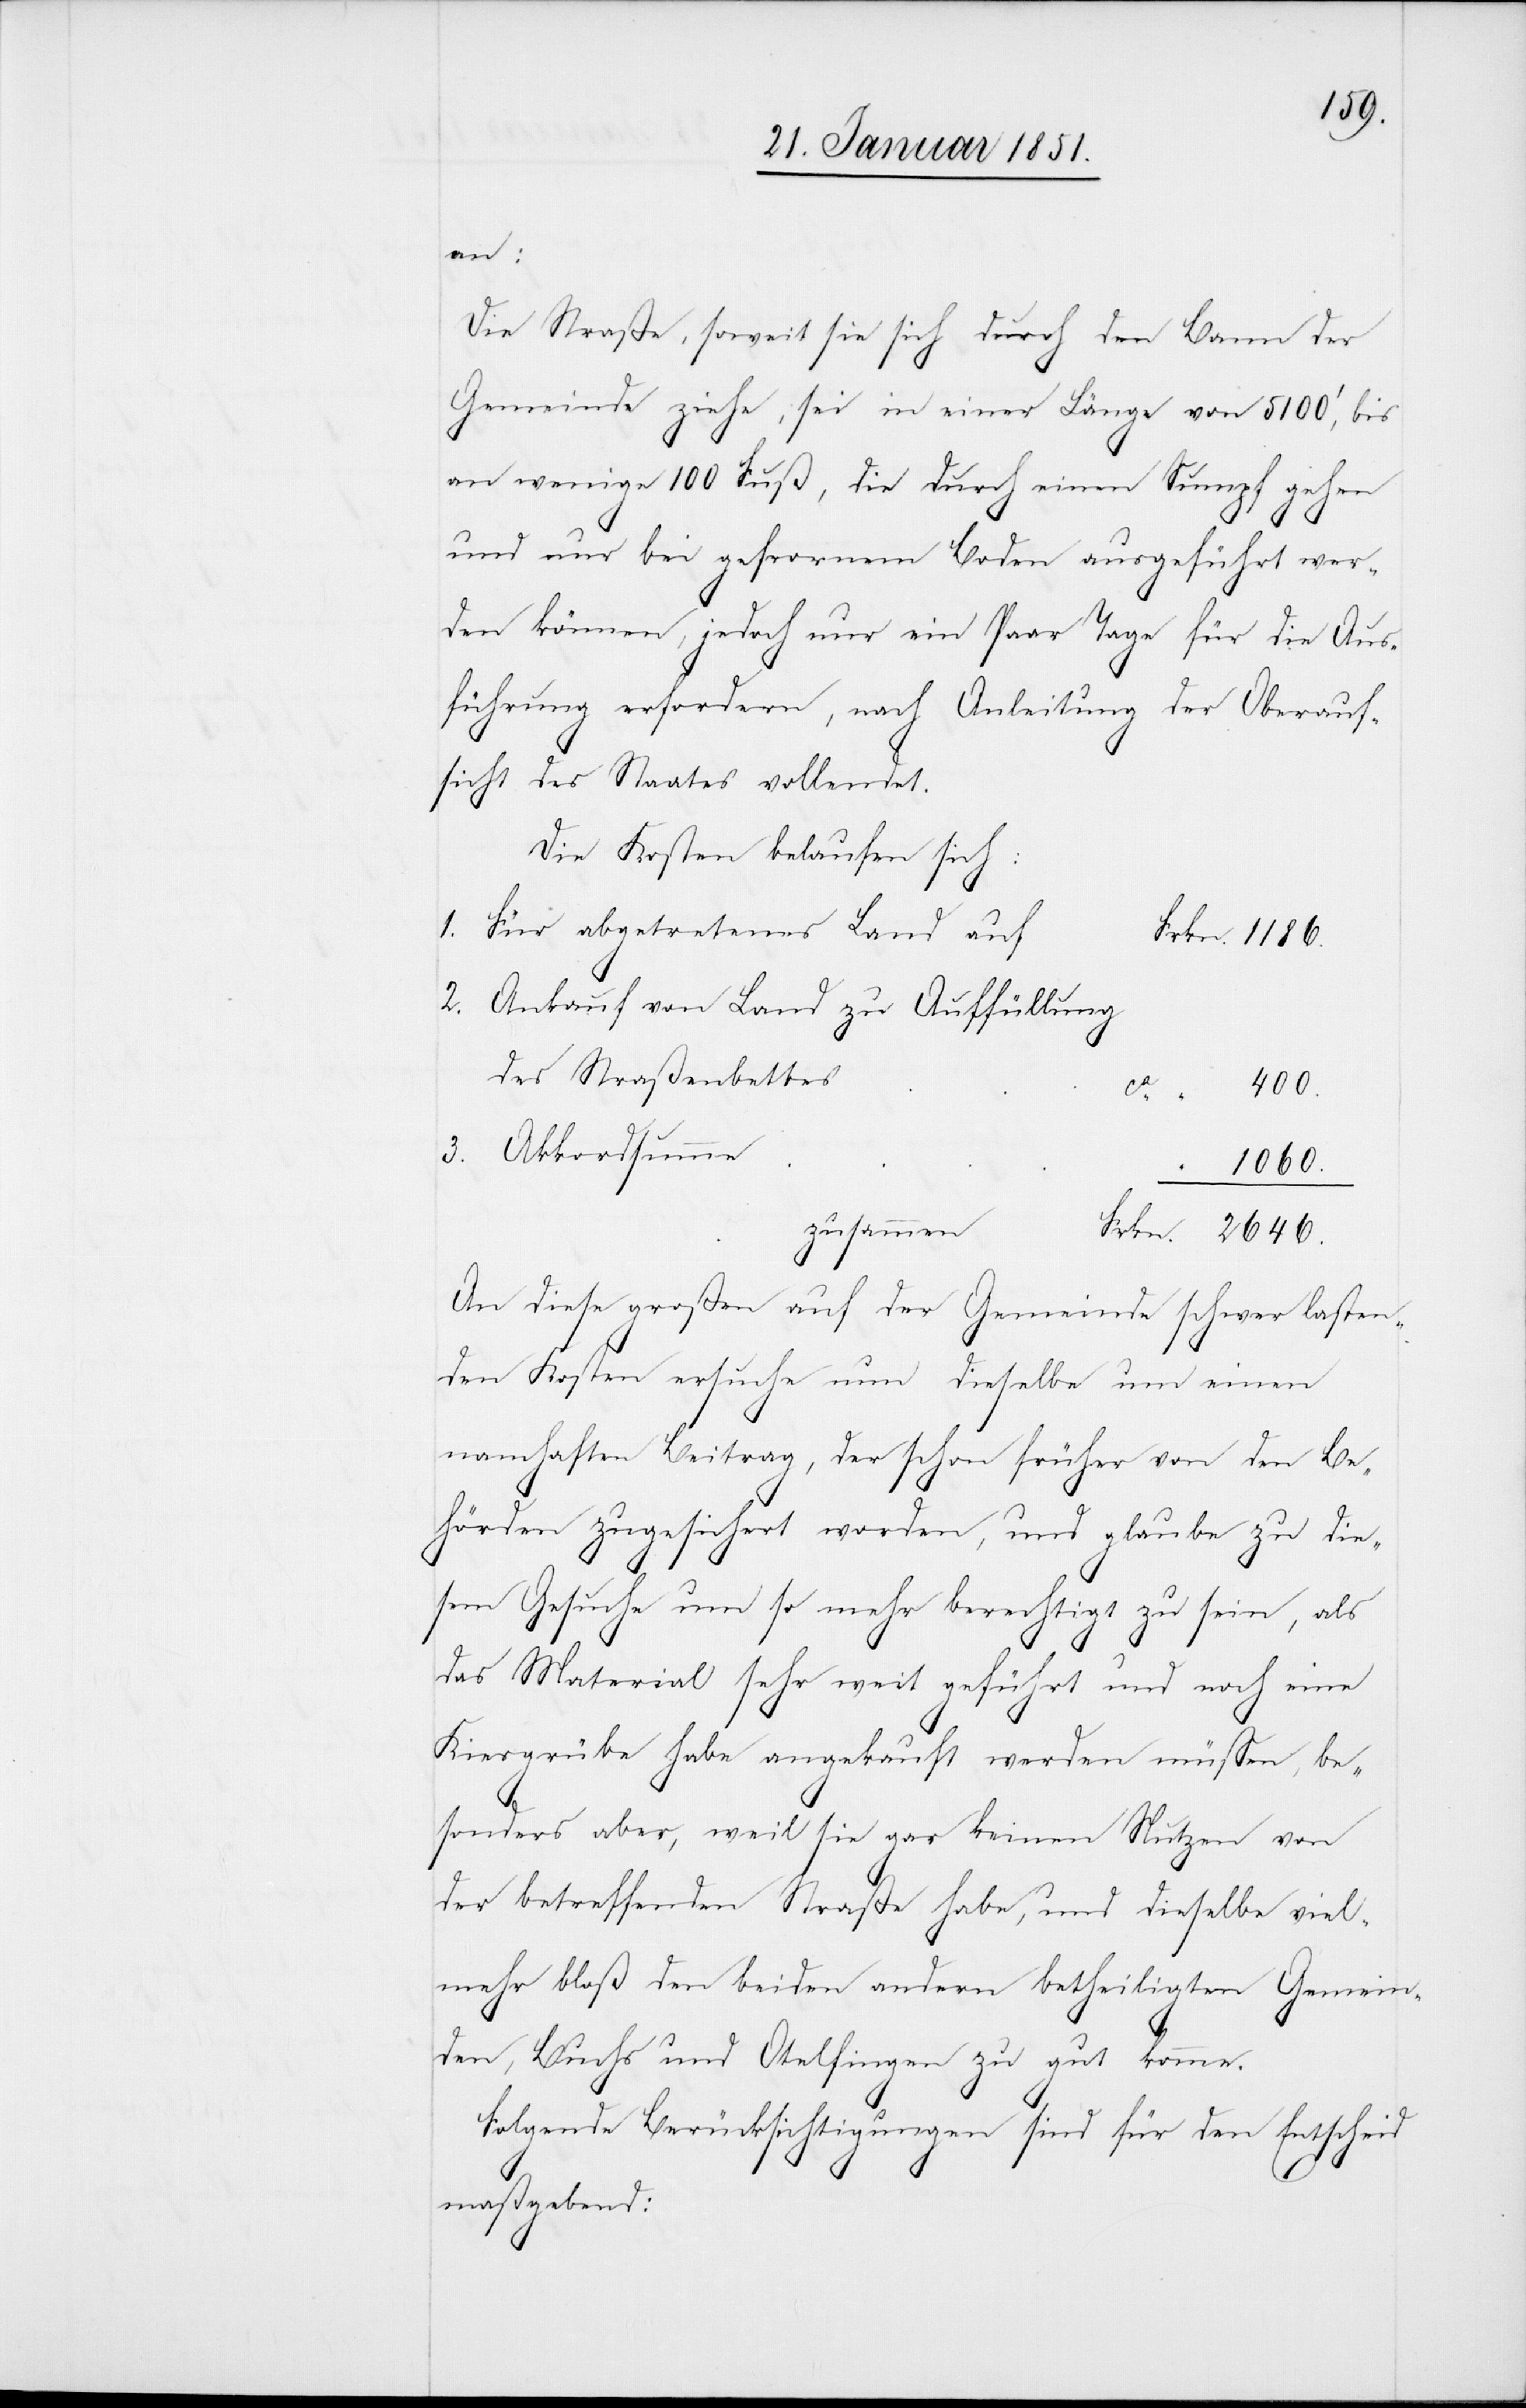
1186.
an:
Die Straße, soweit sie sich durch den Bann der
Gemeinde ziehe, sei in einer Länge von 5100‘, bis
an wenige 100 Fuß, die durch einen Sumpf gehen
und nur bei gefrornem Boden ausgeführt wer¬
den können, jedoch nur ein Paar Tage für die Aus¬
führung erfordern, nach Anleitung der Oberauf¬
sicht des Staates vollendet.
Die Kosten belaufen sich:
Für abgetretenes Land auf
Ankauf von Land zu Auffüllung
des Straßenbettes
Akkordsumme
1060.
zusammen
An diese großen auf der Gemeinde schwer lasten¬
den Kosten ersuche nun dieselbe um einen
namhaften Beitrag, der schon früher von den Be¬
hörden zugesichert worden, und glaube zu die¬
3.
sem Gesuche um so mehr berechtigt zu sein, als
das Material sehr weit geführt und noch eine
[sic!] habe angekauft werden müssen, be¬
sonders aber, weil sie gar keinen Nutzen von
der betreffenden Straße habe, und dieselbe viel¬
mehr bloß den beiden andern betheiligten Gemein¬
den, Buchs und Otelfingen zu gut komme.
Folgende Berücksichtigungen sind für den Entscheid
maßgebend: